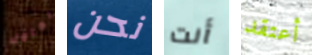
نعامل نحن أنت أعتقد